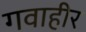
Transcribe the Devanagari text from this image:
गवाहीर